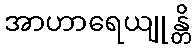
အာဟာရေယျုန္တိ